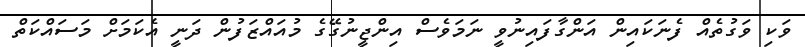
ވަކި ވަގުތެއް ފެނަކައިން އަންގާފައިނުވީ ނަމަވެސް އިންޖީނުގޭގެ މުއައްޒަފުން ދަނީ އެކަމަށް މަސައްކަތް